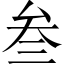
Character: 叁